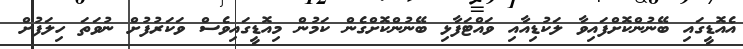
އެއޮޑީގައި ބޭނުންކޮށްފައިވާ ލަކުޑިއާއި ވައްޓަފާޅި ބޭނުންކޮށްގެން ކަމުން މިއޮޑީގައިވެސް ވަކަރުފުށް ނުވަތަ ހިލަފުށް